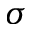
\sigma